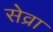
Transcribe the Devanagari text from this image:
सेव्रा